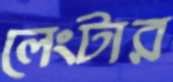
লেংটার